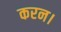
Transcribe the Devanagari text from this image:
करन।